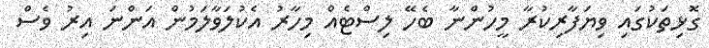
ގޮޅިތަކުގައި ވިޔަފާރިކުރާ މީހުންނާ ބެހޭ ލިސްޓެއް މިހާރު އެކުލަވާލަމުން އަންނަ އިރު ވެސް